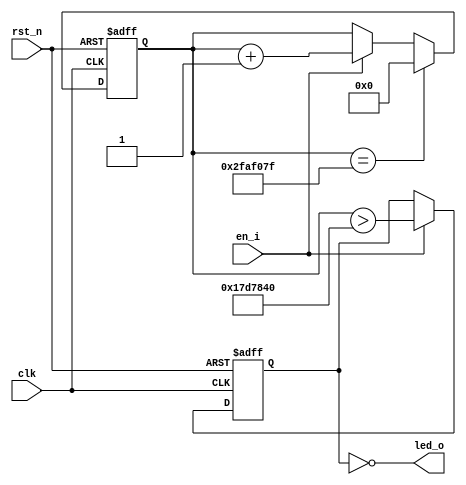
//-----------------------------------------------------------------------
// Description :
// Notes       :
//-----------------------------------------------------------------------
// Revision    : v0.1
//-----------------------------------------------------------------------

module TWINKLE_LED
#(
    parameter LED_ON_MODE                   = 1'b0          ,//1'b0: when output LOW, LED will on; 1'b1: when output HIGH, LED will on
    parameter CLK_FREQ                      = 50_000_000    ,
    parameter TWINKLE_PERIOD                = 1000           //unit:ms
)
(
    //reset and clock
    input   wire                            rst_n           ,
    input   wire                            clk             ,

    //LED
    input   wire                            en_i            ,
    output  wire                            led_o
);

//parameter -------------------------------------------------------------

localparam TWINKLE_CNT_MAX  = CLK_FREQ / 1000 * TWINKLE_PERIOD;
localparam TWINKLE_CNT_HALF = TWINKLE_CNT_MAX / 2;

//twinkle cnt -----------------------------------------------------------

reg     [31:0]                  r_twinkle_cnt;

always @ ( posedge clk or negedge rst_n )
begin
    if ( ~rst_n )
        r_twinkle_cnt <= 'd0;

    else if ( r_twinkle_cnt == ( TWINKLE_CNT_MAX - 1 ))
        r_twinkle_cnt <= 'd0;

    else if ( en_i )
        r_twinkle_cnt <= r_twinkle_cnt + 'd1;
end

//twinkle ctrl ----------------------------------------------------------

reg                             r_led;

always @ ( posedge clk or negedge rst_n )
begin
    if ( ~rst_n )
        r_led <= 'd0;

    else if ( en_i )
        r_led <= ( r_twinkle_cnt > TWINKLE_CNT_HALF );
end

//output ----------------------------------------------------------------

generate
    if ( LED_ON_MODE )
        assign led_o = r_led;
    else
        assign led_o = ~r_led;
endgenerate


endmodule